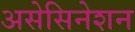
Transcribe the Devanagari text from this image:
असेसिनेशन